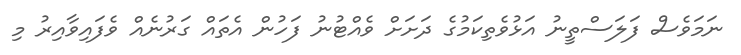
ނަމަވެސް ފަލަސްތީނު އަޅުވެތިކަމުގެ ދަށަށް ވެއްޓުނު ފަހުން އެތައް ގަރުނެއް ވެފައިވާއިރު މި